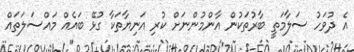
އެ ދުވަހު ސަލާމަތީ ބާރުތަކުން އާންމުންނަށް ކުރި އަނިޔާތަކާ ގުޅޭ ބައެއް މައްސަލަތައް